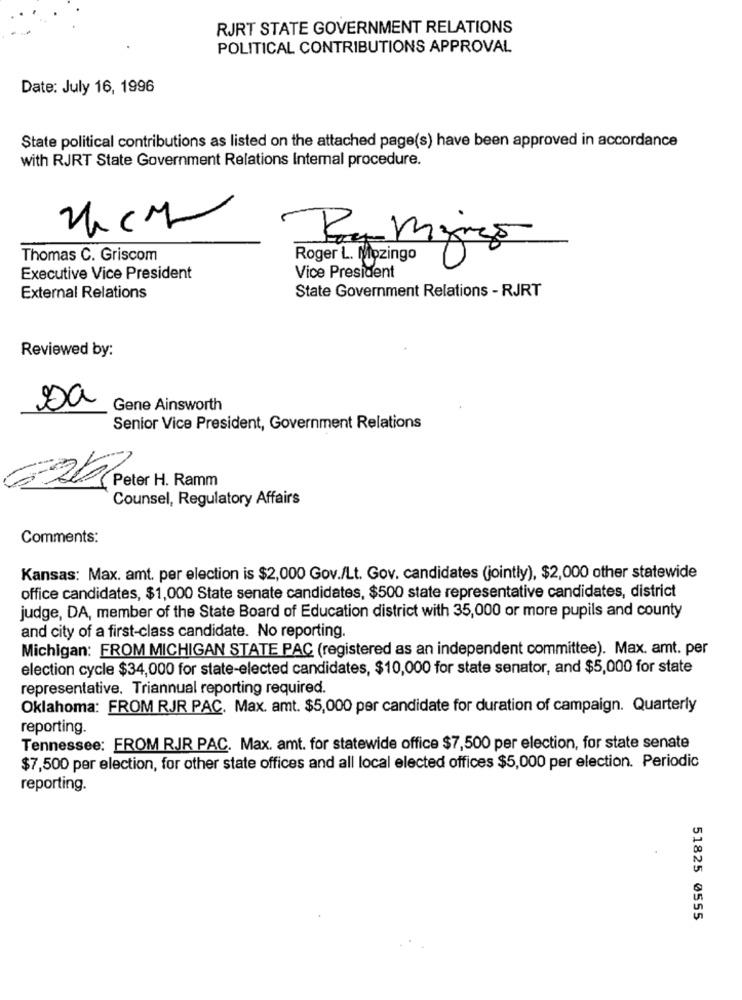
RJRT STATE GOVERNMENT RELATIONS
POLITICAL CONTRIBUTIONS APPROVAL
Date: July 16, 1996
State political contributions as listed on the attached page(s) have been approved in accordance
with RJRT State Government Relations Intemal procedure.
A
Thomas C. Griscom
Roger L. Mozingo
Executive Vice President
Vice President
State Government Relations - RJRT
External Relations
Reviewed by:
sa
Gene Ainsworth
Senior Vice President, Government Relations
Peter H. Ramm
Counsel, Regulatory Affairs
Comments:
Kansas: Max. amt. per election is $2,000 Gov./Lt. Gov. candidates (jointly), $2,000 other statewide
office candidates, $1,000 State senate candidates, $500 state representative candidates, district
judge, DA, member of the State Board of Education district with 35,000 or more pupils and county
and city of a first-class candidate. No reporting.
Michigan: FROM MICHIGAN STATE PAC (registered as an independent committee). Max. amt. per
election cycle $34,000 for state-elected candidates, $10,000 for state senator, and $5,000 for state
representative. Triannual reporting required.
Oklahoma: FROM RJR PAC. Max. amt. $5,000 per candidate for duration of campaign. Quarterly
reporting.
Tennessee: FROM RJR PAC. Max. amt. for statewide office $7,500 per election, for state senate
$7,500 per election, for other state offices and all local elected offices $5,000 per election. Periodic
reporting.
51825 0555